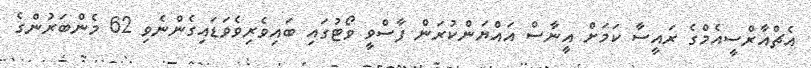
އެޗްއާރްސީއެމްގެ ރައީސާ ކަމަށް އީނާސް އައްޔަންކުރަން ފާސްވީ ވޯޓުގައި ބައިވެެރިވެވަޑައިގެންނެވި 62 މެންބަރުންގެ